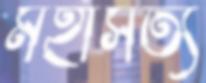
মহাসত্য